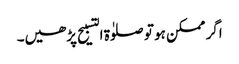
اگر ممکن ہو تو صلوٰة التسبیح پڑھیں۔